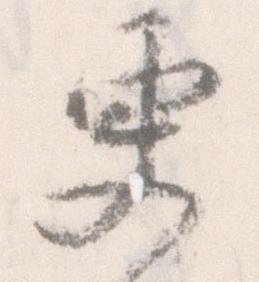
更